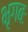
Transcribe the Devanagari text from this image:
भृगबः